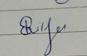
Signature authenticity: genuine